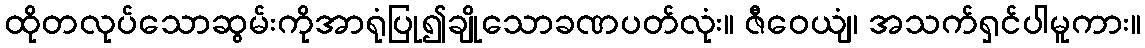
ထိုတလုပ်သောဆွမ်းကိုအာရုံပြု၍ချိုသောခဏပတ်လုံး။ ဇီဝေယျံ၊ အသက်ရှင်ပါမူကား။